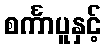
စင်္ကာပူနှင့်